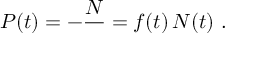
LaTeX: { \cal P } ( t ) = - \frac { \d { \cal N } } { \d t } = f ( t ) \, { \cal N } ( t ) ~ .